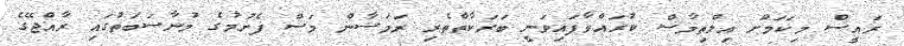
ރައީސް މިކަމަށް އިލްތިމާސް ކުރައްވާފައިވަނީ ބަރަކާތްތެރި ރަމަޟާން މަސް ފެށުމުގެ މުނާސަބަތުގައި ރާއްޖޭގެ